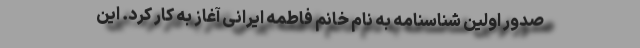
صدور اولین شناسنامه به نام خانم فاطمه ایرانی آغاز به کار کرد. این